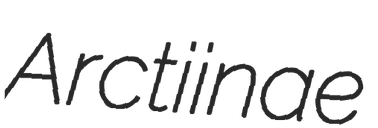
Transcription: Arctiinae